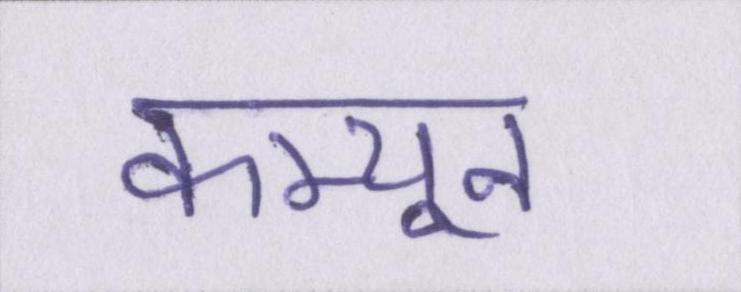
कम्यून